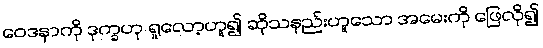
ဝေဒနာကို ဒုက္ခဟု ရှုလော့ဟူ၍ ဆိုသနည်းဟူသော အမေးကို ဖြေလို၍